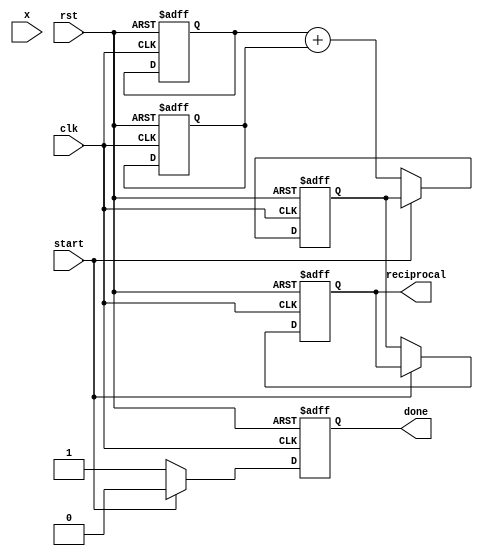
module systolic_reciprocal #(
    parameter N = 2,           // Size of the systolic array (NxN)
    parameter DATA_WIDTH = 16  // Width of input and output data
)(
    input clk,
    input rst,
    input [DATA_WIDTH-1:0] x, // Input number (for which reciprocal is to be calculated)
    input start,
    output reg [DATA_WIDTH-1:0] reciprocal, // Output reciprocal
    output reg done
);

    // Internal signals for PEs
    reg [DATA_WIDTH-1:0] pe_in[N-1:0][N-1:0];
    reg [DATA_WIDTH-1:0] pe_out[N-1:0][N-1:0];
    reg [DATA_WIDTH-1:0] approx;
    integer i, j;

    // PE operation (simple Newton-Raphson for demonstration)
    function [DATA_WIDTH-1:0] compute_reciprocal;
        input [DATA_WIDTH-1:0] x_in;
        begin
            // Initial approximation (1/x)
            compute_reciprocal = (x_in) ? (1 << (DATA_WIDTH-1)) / x_in : 0; // Initial approximation
        end
    endfunction

    always @(posedge clk or posedge rst) begin
        if (rst) begin
            // Reset all registers and outputs
            reciprocal <= 0;
            done <= 0;
            for (i = 0; i < N; i = i + 1) begin
                for (j = 0; j < N; j = j + 1) begin
                    pe_in[i][j] <= 0;
                    pe_out[i][j] <= 0;
                end
            end
        end else if (start) begin
            // Initialize the first PE with input value
            pe_in[0][0] <= compute_reciprocal(x);
            // Start the operation
            done <= 0;
        end else begin
            // Systolic array operation
            // Propagate values through the array
            for (i = 0; i < N; i = i + 1) begin
                for (j = 0; j < N; j = j + 1) begin
                    if (i == 0 && j == 0) begin
                        // First PE
                        pe_out[i][j] <= pe_in[i][j]; // Output from the first PE
                    end else if (i == 0) begin
                        // First row, propagate from left
                        pe_out[i][j] <= pe_in[i][j-1]; 
                    end else if (j == 0) begin
                        // First column, propagate from above
                        pe_out[i][j] <= pe_in[i-1][j]; 
                    end else begin
                        // Middle PEs, perform operation
                        pe_out[i][j] <= pe_in[i-1][j] + pe_in[i][j-1]; // Example operation
                    end
                end
            end
            
            // Final output from the last PE
            reciprocal <= pe_out[N-1][N-1];
            done <= 1; // Indicate completion
        end
    end

endmodule